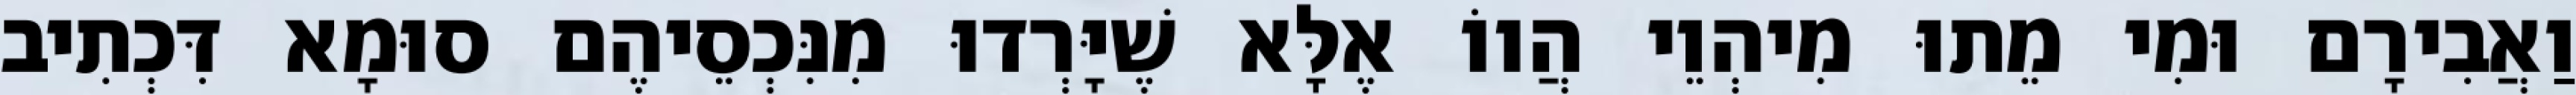
וַאֲבִירָם וּמִי מֵתוּ מִיהְוֵי הֲווֹ אֶלָּא שֶׁיָּרְדוּ מִנִּכְסֵיהֶם סוּמָא דִּכְתִיב